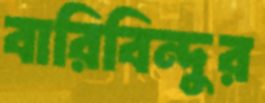
বারিবিন্দুর